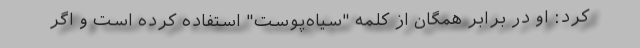
کرد: او در برابر همگان از کلمه "سیاه‌پوست" استفاده کرده است و اگر